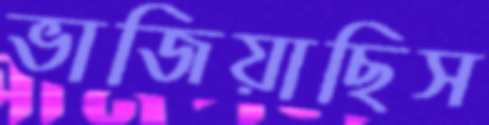
ভাজিয়াছিস